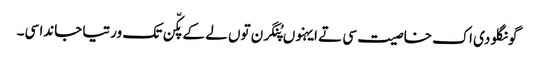
گونگلو دی اک خاصیت سی تے ایہنوں پُنگرن توں لے کے پکّن تک ورتیا جاندا سی۔